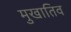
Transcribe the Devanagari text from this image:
मुखातिव